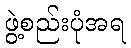
ဖွဲ့စည်းပုံအရ